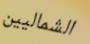
الشماليين